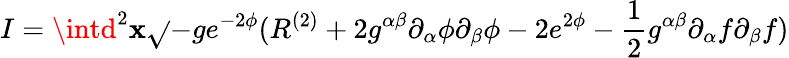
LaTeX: I=\intd^{2}\mathbf{x}\sqrt{}{{-g}}e^{-2\phi}(R^{(2)}+2g^{\alpha\beta}\partial_{\alpha}\phi\partial_{\beta}\phi-2e^{2\phi}-\frac{{1}}{{2}}g^{\alpha\beta}\partial_{\alpha}f\partial_{\beta}f)